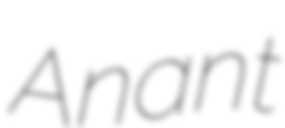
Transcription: Anant